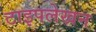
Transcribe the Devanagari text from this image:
टाइपलेखन